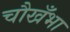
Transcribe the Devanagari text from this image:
चौखँभा